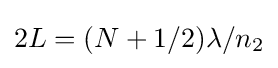
2L=(N+1/2)\lambda /n_{2}\,\!